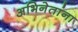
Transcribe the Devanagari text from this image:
अभिनेतांना